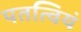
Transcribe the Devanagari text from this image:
पतत्वियं